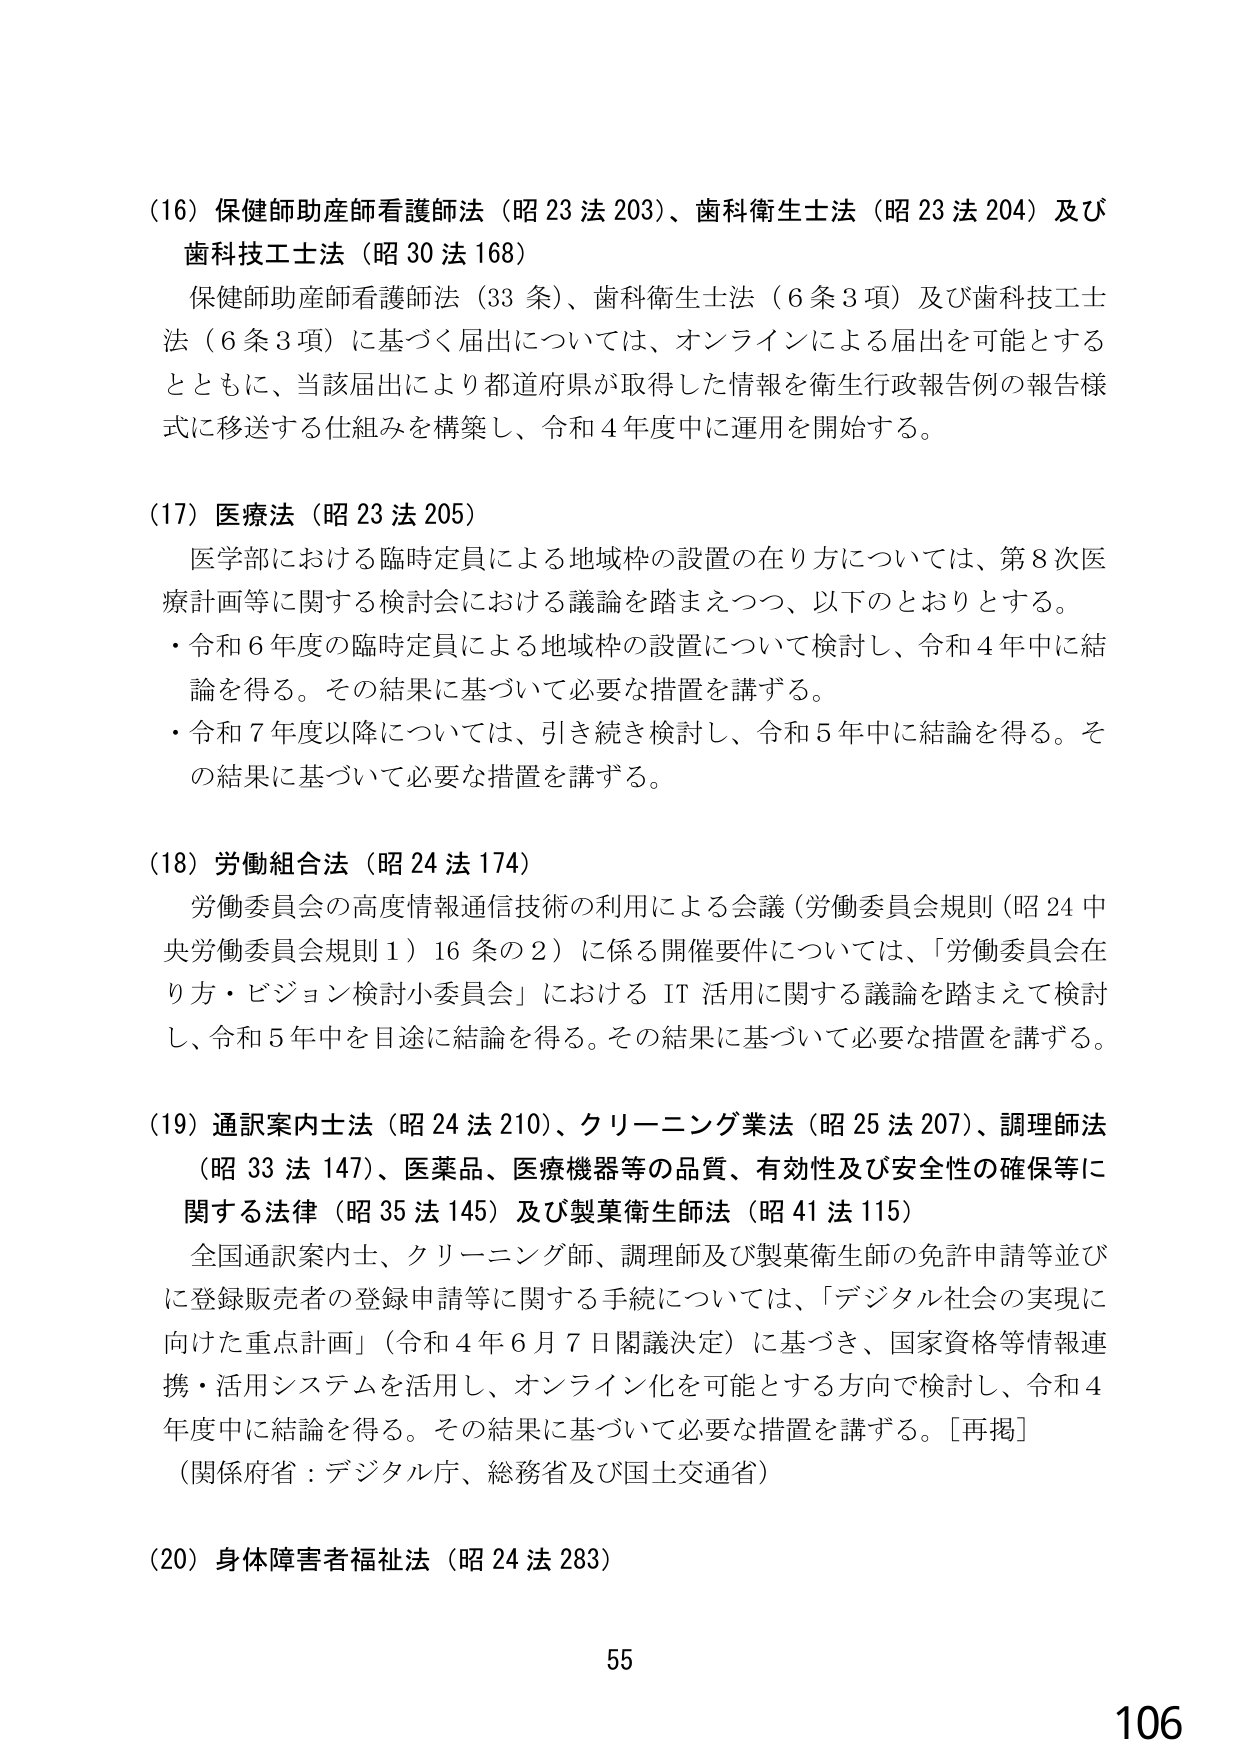
(16) 保健師助産師看護師法（昭23法203）、歯科衛生士法（昭23法204）及び歯科技工士法（昭30法168）
保健師助産師看護師法（33条）、歯科衛生士法（6条3項）及び歯科技工士法（6条3項）に基づく届出については、オンラインによる届出を可能とするとともに、当該届出により都道府県が取得した情報を衛生行政報告例の報告様式に移送する仕組みを構築し、令和4年度中に運用を開始する。

(17) 医療法（昭23法205）
医学部における臨時定員による地域枠の設置の在り方については、第8次医療計画等に関する検討会における議論を踏まえつつ、以下のとおりとする。
・令和6年度の臨時定員による地域枠の設置について検討し、令和4年中に結論を得る。その結果に基づいて必要な措置を講ずる。
・令和7年度以降については、引き続き検討し、令和5年中に結論を得る。その結果に基づいて必要な措置を講ずる。

(18) 労働組合法（昭24法174）
労働委員会の高度情報通信技術の利用による会議（労働委員会規則（昭24中央労働委員会規則1）16条の2）に係る開催要件については、「労働委員会在り方・ビジョン検討小委員会」におけるIT活用に関する議論を踏まえて検討し、令和5年中を目途に結論を得る。その結果に基づいて必要な措置を講ずる。

(19) 通訳案内士法（昭24法210）、クリーニング業法（昭25法207）、調理師法（昭33法147）、医薬品、医療機器等の品質、有効性及び安全性の確保等に関する法律（昭35法145）及び製薬衛生師法（昭41法115）
全国通訳案内士、クリーニング師、調理師及び製薬衛生師の免許申請等並びに登録販売者の登録申請等に関する手続については、「デジタル社会の実現に向けた重点計画」（令和4年6月7日閣議決定）に基づき、国家資格等情報連携・活用システムを活用し、オンライン化を可能とする方向で検討し、令和4年度中に結論を得る。その結果に基づいて必要な措置を講ずる。[再掲]
（関係府省：デジタル庁、総務省及び国土交通省）

(20) 身体障害者福祉法（昭24法283）

55
106